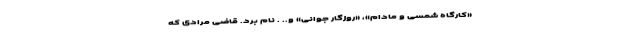
«کارگاه شمسی و مادام»، «روزگار جوانی» و.. . نام برد. قاضی مرادی که